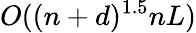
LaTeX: O((n+d)^{1.5}nL)